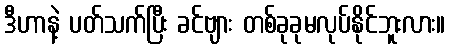
ဒီဟာနဲ့ ပတ်သက်ပြီး ခင်ဗျား တစ်ခုခုမလုပ်နိုင်ဘူးလား။